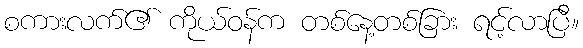
စကားလက်၏ ကိုယ်ဝန်က တစ်နေ့တစ်ခြား ရင့်လာပြီ။